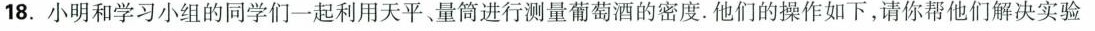
18.小明和学习小组的同学们一起利用天平、量筒进行测量葡萄酒的密度。他们的操作如下，请你帮他们解决实验